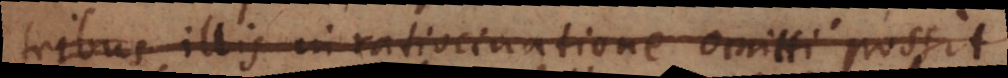
tribus illis in ratiocinatione omitti possit,